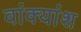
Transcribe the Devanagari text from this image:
वांक्यांश